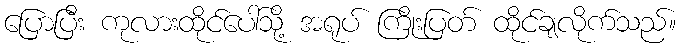
ပြောပြီး ကုလားထိုင်ပေါ်သို့ အရုပ် ကြိုးပြတ် ထိုင်ချလိုက်သည်။